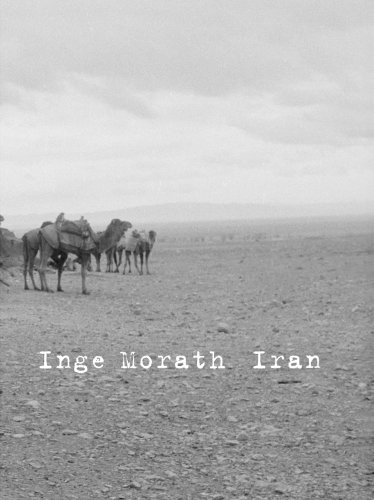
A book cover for Inge Morath: Iran; Azar Nafisi; Travel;